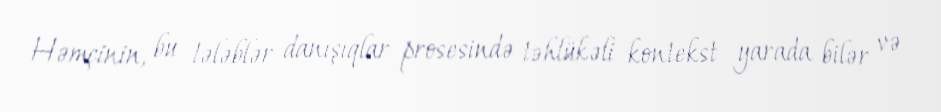
Həmçinin, bu tələblər danışıqlar prosesində təhlükəli kontekst yarada bilər və